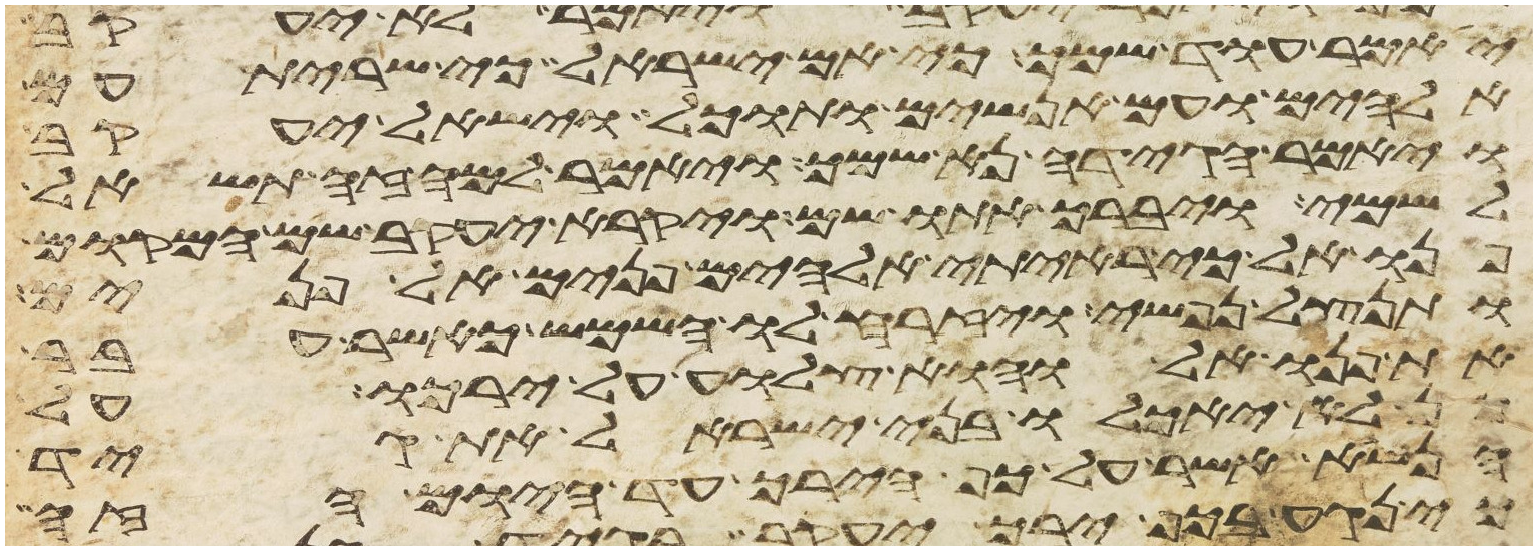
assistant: יאמר עוד שמך כי אם ישראל כי שרית עם
אלהים ועם אנשים ותוכל וישאל יעקב
ויאמר הגידה נא שמך ויאמר למה זה תשאל
לשמי ויברך אתו שם ויקרא יעקב שם המקום
פנואל כי ראיתי אלהים פנים אל פנים
ותנצל נפשי ויזרח לו השמש כאשר עבר
את פנואל והוא צלוע על ירכו על
כן לא יאכלו בני ישראל את גיד
הנשא אשר על כף הירך עד היום הזה